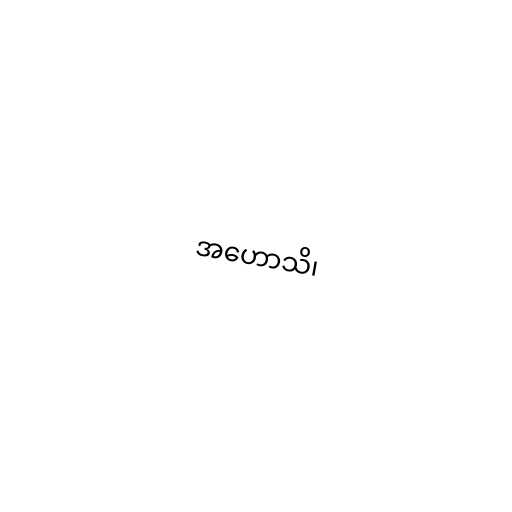
အဟောသိ၊